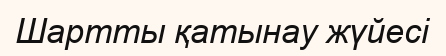
Шартты қатынау жүйесі